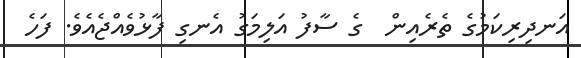
އަނދިރިކަމުގެ ތެރެއިން  ގެ ސާފު އަލިމަގު އެނގި ފާޅުވެއްޖެއެވެ. ފަހެ